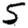
Digit: 5